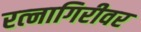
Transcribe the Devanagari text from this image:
रत्‍नागिरीवर